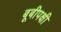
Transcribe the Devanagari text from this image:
बूबीपक्षी